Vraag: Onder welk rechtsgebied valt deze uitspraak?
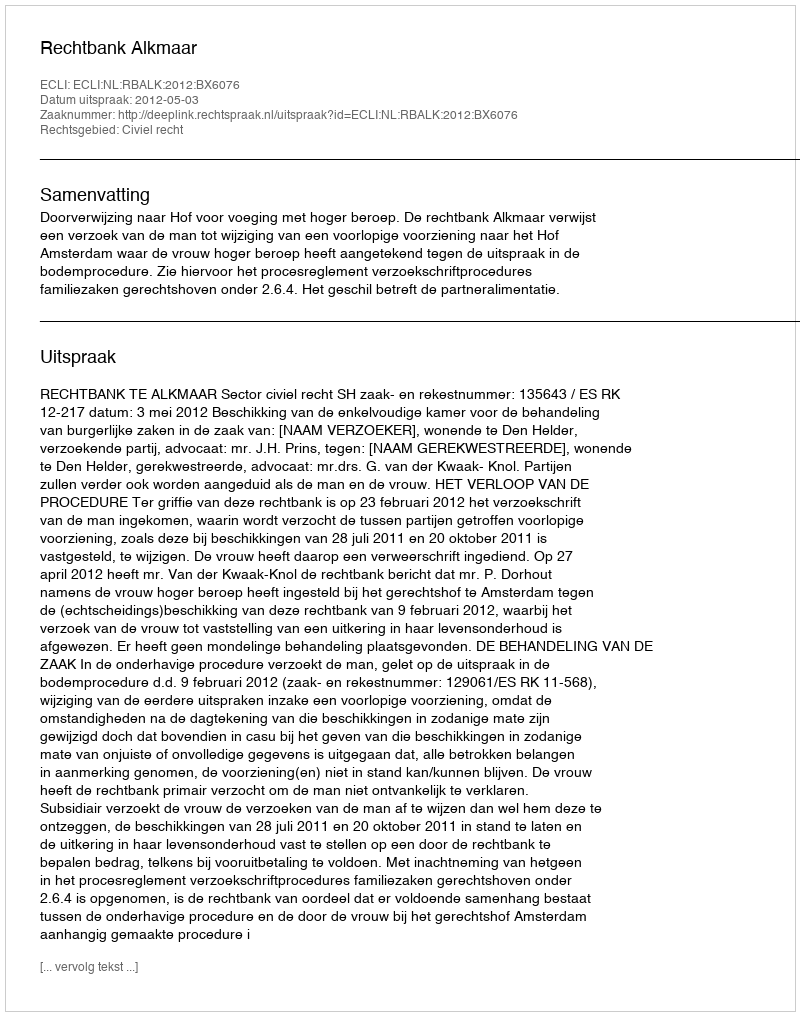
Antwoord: Civiel recht